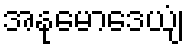
အနုမောဒေယျံ